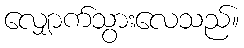
လျှောက်သွားလေသည်။